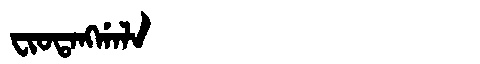
Manchu: ᠸᡳᠣᡨᠠᠩᡤᠠᠯᠠ
Romanization: FIOTANGGALA